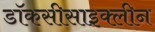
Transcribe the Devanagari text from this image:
डॉकसीसाइक्लीन